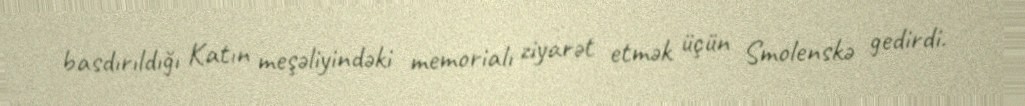
basdırıldığı Katın meşəliyindəki memorialı ziyarət etmək üçün Smolenskə gedirdi.